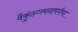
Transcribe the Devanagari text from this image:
वैकुंठगमनापर्यंचा